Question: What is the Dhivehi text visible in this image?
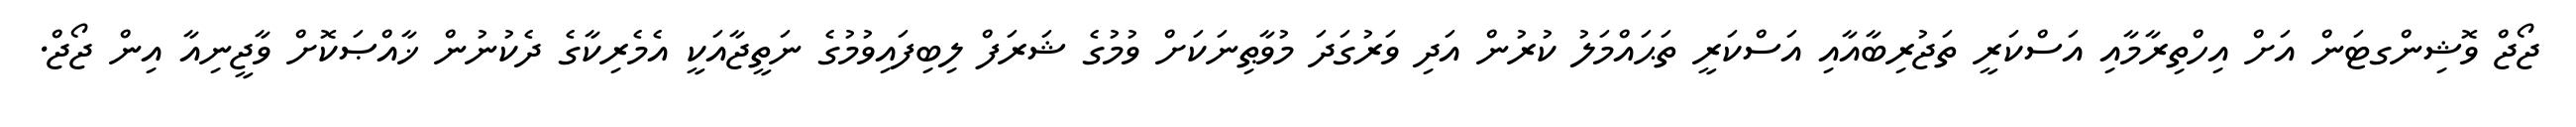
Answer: ޖޯޖް ވޮޝިންގޓަން އަށް އިހްތިރާމާއި އަސްކަރީ ތަޖުރިބާއާއި އަސްކަރީ ތަޙައްމަލު ކުރުން އަދި ވަރުގަދަ މުވާޠިނަކަށް ވުމުގެ ޝަރަފް ލިބިފައިވުމުގެ ނަތީޖާއަކީ އެމެރިކާގެ ދެކުނުން ޚާއްޞަކޮށް ވާޖީނިއާ އިން ޖޯޖް.